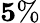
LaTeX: \le 5\%